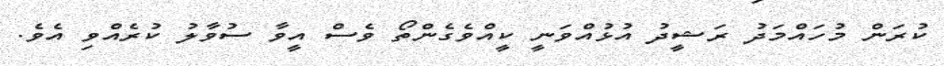
ކުރަން މުހައްމަދު ރަޝީދު އުޅުއްވަނީ ކީއްވެގެންތޯ ވެސް އީވާ ސުވާލު ކުރެއްވި އެވެ.